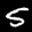
Label: 5